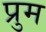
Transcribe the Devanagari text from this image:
प्रुम